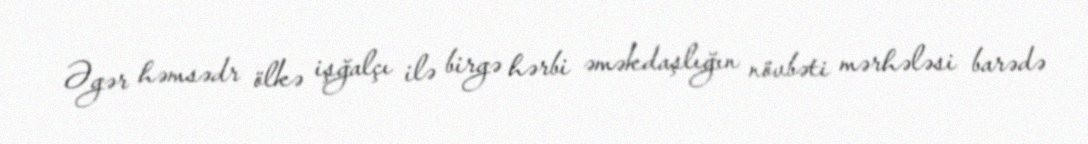
Əgər həmsədr ölkə işğalçı ilə birgə hərbi əməkdaşlığın növbəti mərhələsi barədə